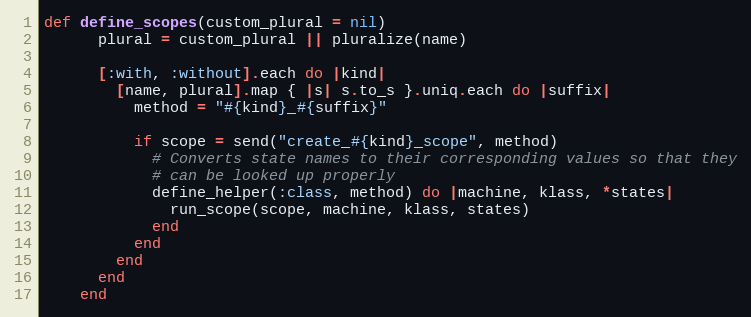
Language: Ruby
def define_scopes(custom_plural = nil)
      plural = custom_plural || pluralize(name)

      [:with, :without].each do |kind|
        [name, plural].map { |s| s.to_s }.uniq.each do |suffix|
          method = "#{kind}_#{suffix}"

          if scope = send("create_#{kind}_scope", method)
            # Converts state names to their corresponding values so that they
            # can be looked up properly
            define_helper(:class, method) do |machine, klass, *states|
              run_scope(scope, machine, klass, states)
            end
          end
        end
      end
    end